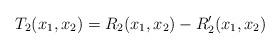
LaTeX: \begin{align*}T_2(x_1,x_2)=R_2(x_1,x_2)-R_2^{\prime}(x_1,x_2)\end{align*}